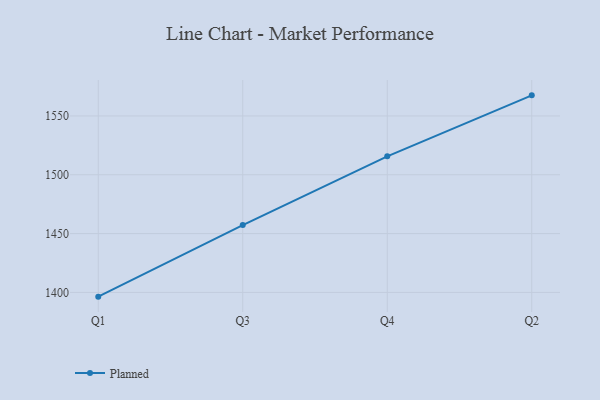
{"axis": {"x": "Quarter", "y": "Shipments"}, "legend": ["Planned"], "data": [{"x": "Q1", "y": 1396.4, "type": "Planned"}, {"x": "Q3", "y": 1457.2, "type": "Planned"}, {"x": "Q4", "y": 1515.7, "type": "Planned"}, {"x": "Q2", "y": 1567.5, "type": "Planned"}]}